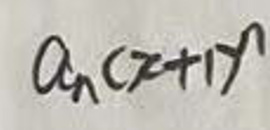
$a _ { n } ( z + 1 ) ^ { n }$